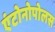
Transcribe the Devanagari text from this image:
एंटोनोपोलस